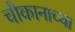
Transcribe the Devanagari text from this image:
चौकानाच्या